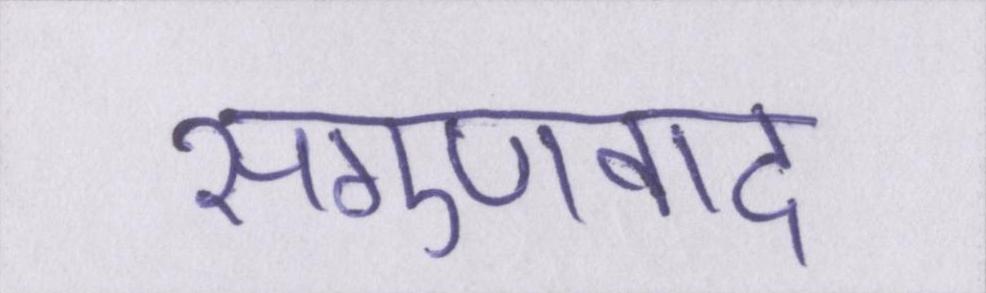
सगुणवाद